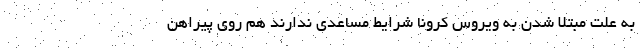
به علت مبتلا شدن به ویروس کرونا شرایط مساعدی ندارند هم روی پیراهن